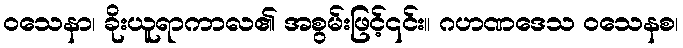
ဝသေနာ၊ ခိုးယူရာကာလ၏ အစွမ်းဖြင့်၎င်း။ ဂဟဏဒေသ ဝသေနစ၊